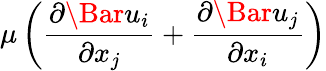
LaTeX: \mu\left(\frac{{\partial}\Bar{u}_{i}}{{\partial}x_{j}}+\frac{{\partial}\Bar{u}_{j}}{{\partial}x_{i}}\right)